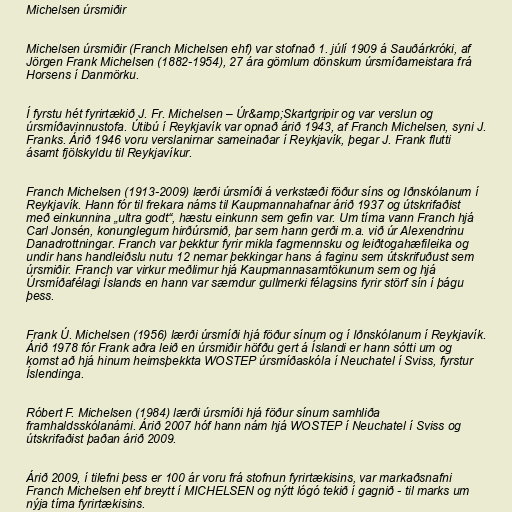
Michelsen úrsmiðir

Michelsen úrsmiðir (Franch Michelsen ehf) var stofnað 1. júlí 1909 á Sauðárkróki, af
Jörgen Frank Michelsen (1882-1954), 27 ára gömlum dönskum úrsmíðameistara frá
Horsens í Danmörku.

Í fyrstu hét fyrirtækið J. Fr. Michelsen – Úr&amp;Skartgripir og var verslun og
úrsmíðavinnustofa. Útibú í Reykjavík var opnað árið 1943, af Franch Michelsen, syni J.
Franks. Árið 1946 voru verslanirnar sameinaðar í Reykjavík, þegar J. Frank flutti
ásamt fjölskyldu til Reykjavíkur.

Franch Michelsen (1913-2009) lærði úrsmíði á verkstæði föður síns og Iðnskólanum í
Reykjavík. Hann fór til frekara náms til Kaupmannahafnar árið 1937 og útskrifaðist
með einkunnina „ultra godt“, hæstu einkunn sem gefin var. Um tíma vann Franch hjá
Carl Jonsén, konunglegum hirðúrsmið, þar sem hann gerði m.a. við úr Alexendrinu
Danadrottningar. Franch var þekktur fyrir mikla fagmennsku og leiðtogahæfileika og
undir hans handleiðslu nutu 12 nemar þekkingar hans á faginu sem útskrifuðust sem
úrsmiðir. Franch var virkur meðlimur hjá Kaupmannasamtökunum sem og hjá
Úrsmíðafélagi Íslands en hann var sæmdur gullmerki félagsins fyrir störf sín í þágu
þess.

Frank Ú. Michelsen (1956) lærði úrsmíði hjá föður sínum og í Iðnskólanum í Reykjavík.
Árið 1978 fór Frank aðra leið en úrsmiðir höfðu gert á Íslandi er hann sótti um og
komst að hjá hinum heimsþekkta WOSTEP úrsmíðaskóla í Neuchatel í Sviss, fyrstur
Íslendinga.

Róbert F. Michelsen (1984) lærði úrsmíði hjá föður sínum samhliða
framhaldsskólanámi. Árið 2007 hóf hann nám hjá WOSTEP í Neuchatel í Sviss og
útskrifaðist þaðan árið 2009.

Árið 2009, í tilefni þess er 100 ár voru frá stofnun fyrirtækisins, var markaðsnafni
Franch Michelsen ehf breytt í MICHELSEN og nýtt lógó tekið í gagnið - til marks um
nýja tíma fyrirtækisins.